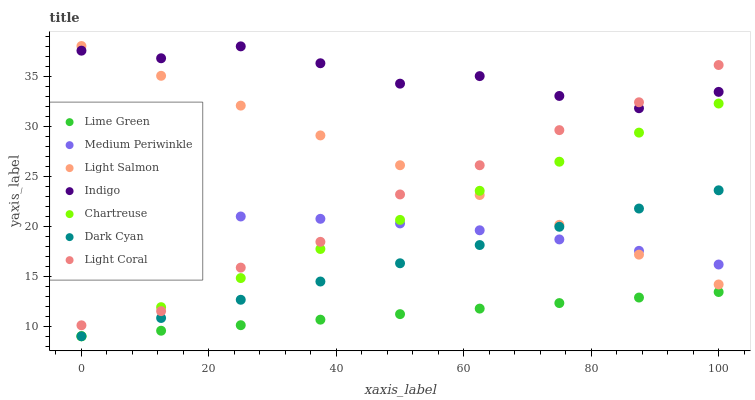
| xaxis_label | Lime Green | Medium Periwinkle | Light Salmon | Indigo | Chartreuse | Dark Cyan | Light Coral |
 | --- | --- | --- | --- | --- | --- | --- | --- |
 | 0 | 9 | 20.8 | 38 | 37.5 | 9 | 9 | 10.1 |
 | 12.5 | 9.55 | 21 | 35 | 36.8 | 11.9 | 10.8 | 11.5 |
 | 25 | 10.1 | 21 | 32 | 38 | 14.8 | 12.6 | 15.9 |
 | 37.5 | 10.7 | 20.7 | 29.1 | 36.3 | 17.7 | 14.5 | 18.4 |
 | 50 | 11.2 | 20.3 | 26.1 | 34.2 | 20.6 | 16.3 | 23.2 |
 | 62.5 | 11.8 | 19.6 | 23.1 | 35 | 23.5 | 18.1 | 26.1 |
 | 75 | 12.3 | 18.7 | 20.1 | 33 | 26.4 | 19.9 | 29.6 |
 | 87.5 | 12.9 | 17.5 | 17.2 | 31.8 | 29.3 | 21.8 | 32.4 |
 | 100 | 13.4 | 16.2 | 14.2 | 33.4 | 32.3 | 23.6 | 36.1 |